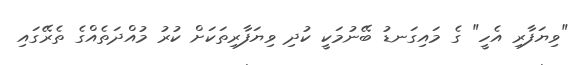
"ވިޔަފާރި އެހީ" ގެ މައިގަނޑު ބޭނުމަކީ ކުދި ވިޔަފާރިތަކަށް ކުރު މުއްދަތެއްގެ ތެރޭގައި